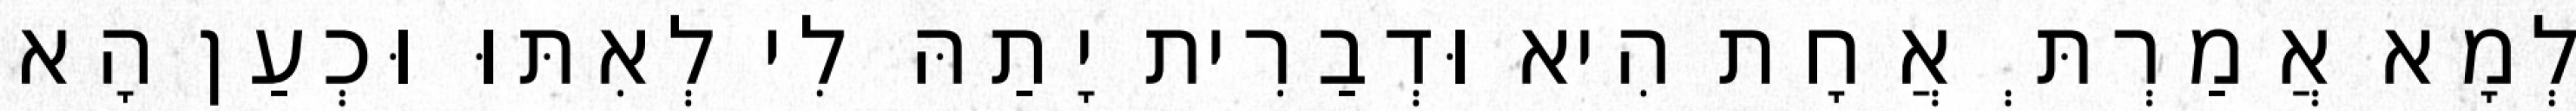
לְמָא אֲמַרְתְּ אֲחָת הִיא וּדְבַרִית יָתַהּ לִי לְאִתּוּ וּכְעַן הָא